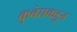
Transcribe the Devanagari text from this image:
कुबेराकडून